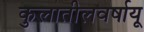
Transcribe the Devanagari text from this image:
कुलातीलवर्षायू